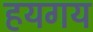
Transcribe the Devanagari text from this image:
हयगय